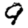
Digit: 9